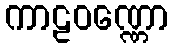
ကာဠဝဏ္ဏော